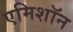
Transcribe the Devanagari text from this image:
एमिशॉन